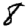
Digit: 8